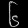
Digit: ၆